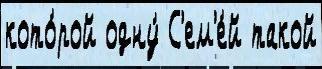
кото́рой одну́ С'ем'е́й такой